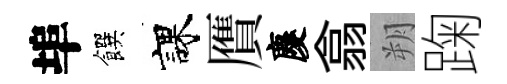
埠饌課贋慶翕朔踘